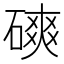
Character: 磢